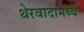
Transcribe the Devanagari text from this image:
थेरवादामध्ये